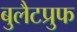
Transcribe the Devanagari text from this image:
बुलैटप्रुफ